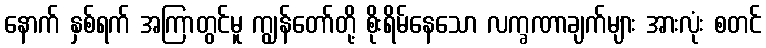
နောက် နှစ်ရက် အကြာတွင်မူ ကျွန်တော်တို့ စိုးရိမ်နေသော လက္ခဏာချက်များ အားလုံး စတင်